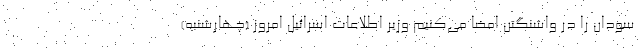
سودان را در واشنگتن امضا می‌کنیم وزیر اطلاعات اسرائیل امروز (چهارشنبه)